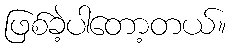
ဖြစ်ခဲ့ပါတော့တယ်။